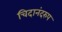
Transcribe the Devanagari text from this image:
चिदानंदरुप